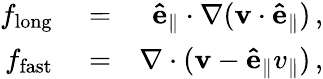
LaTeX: \begin{array}{rlr}{f_{\mathrm{long}}}&{{}=}&{\mathbf{\hat{e}_{\parallel}}\cdot\mathbf{\nabla}(\mathbf{v}\cdot\mathbf{\hat{e}_{\parallel}})\, ,}\\ {f_{\mathrm{fast}}}&{{}=}&{\mathbf{\nabla}\cdot(\mathbf{v}-\mathbf{\hat{e}_{\parallel}}v_{\parallel})\, ,}\end{array}